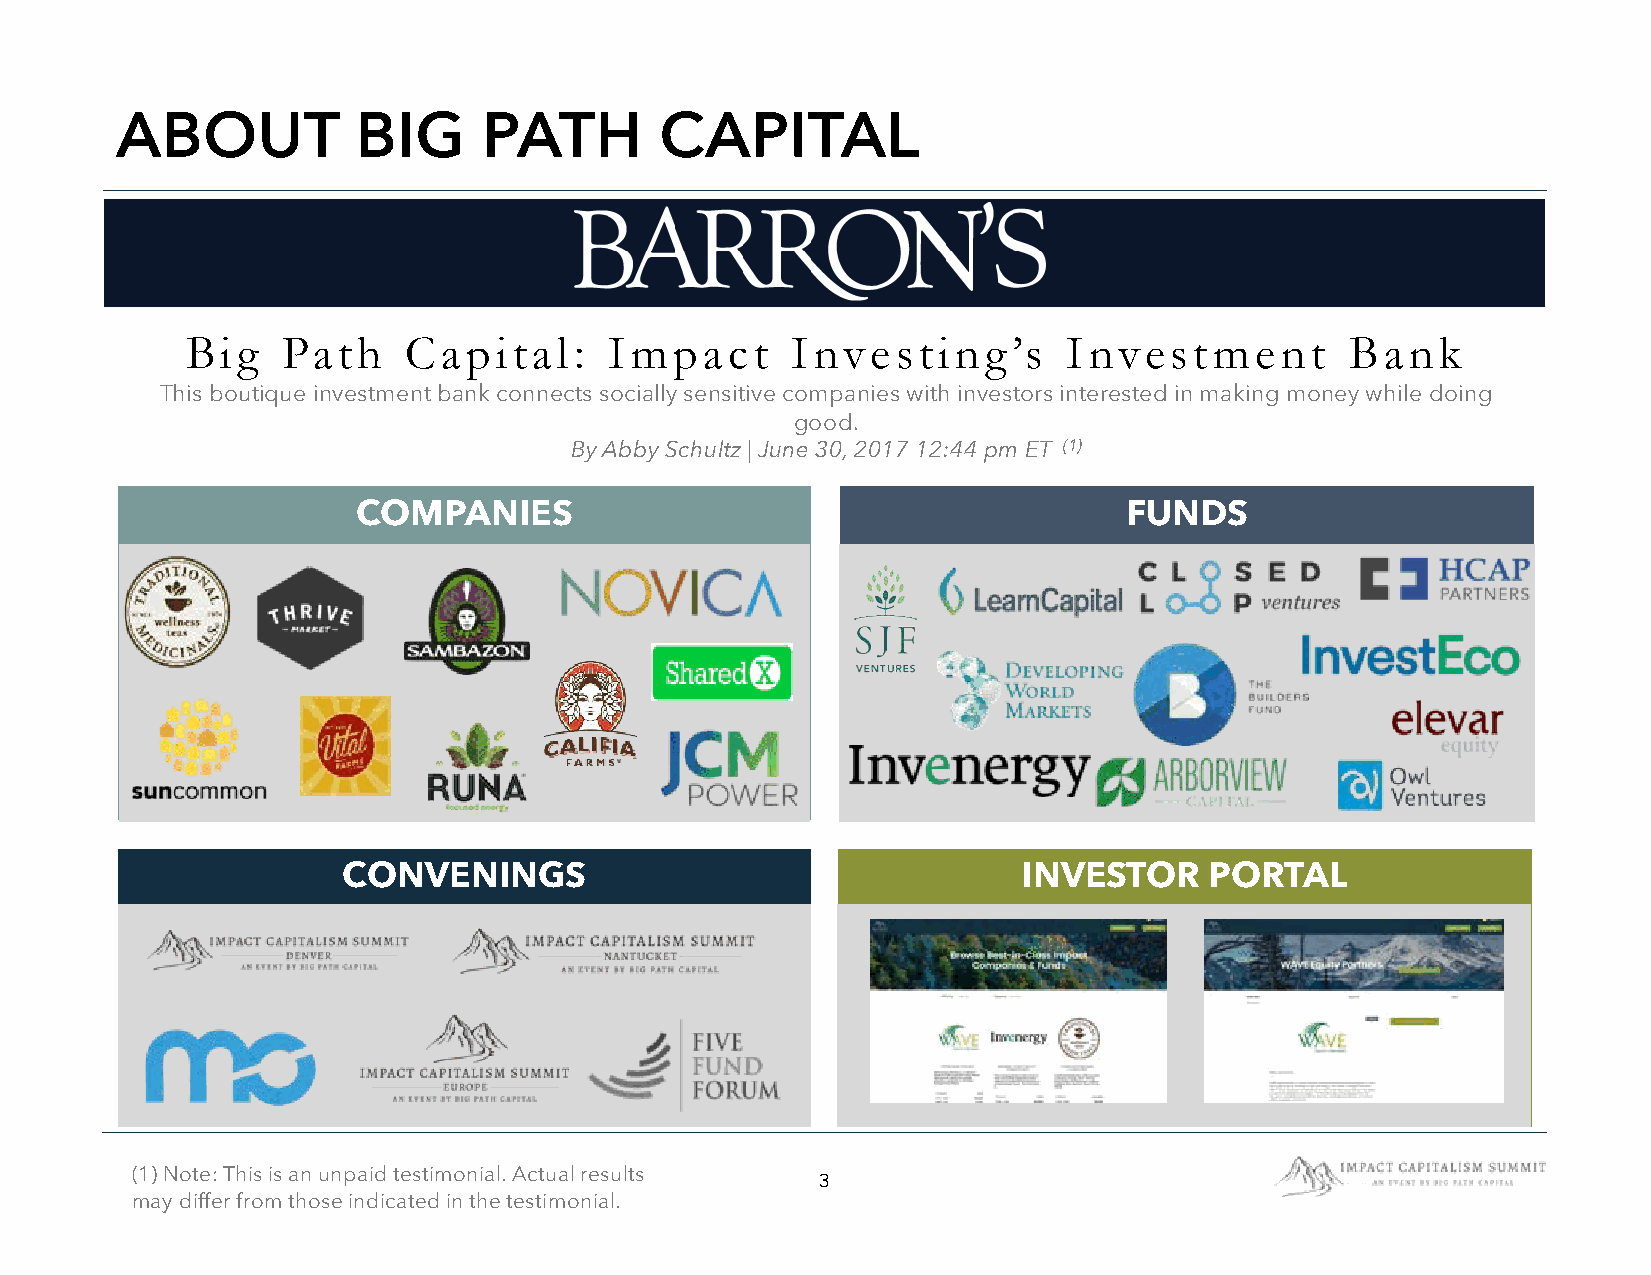
ABOUT           BIG     PATH        CAPITAL
 Big    Path    Capital:     Impact      Investing’s        Investment        Bank
 This boutique investment bank connects socially sensitive companies with investors interested in making money while doing
 good.
 By Abby Schultz | June 30, 2017 12:44 pm ET (1)
 COMPANIES                                         FUNDS
 CONVENINGS                                   INVESTOR    PORTAL
 (1) Note: This is an unpaid testimonial. Actual results
 3
 may differ from those indicated in the testimonial.